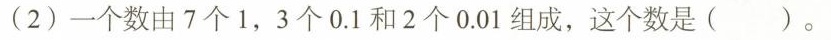
(2) 一个数由 7 个 1，3 个 0.1 和 2 个 0.01 组成，这个数是( )。